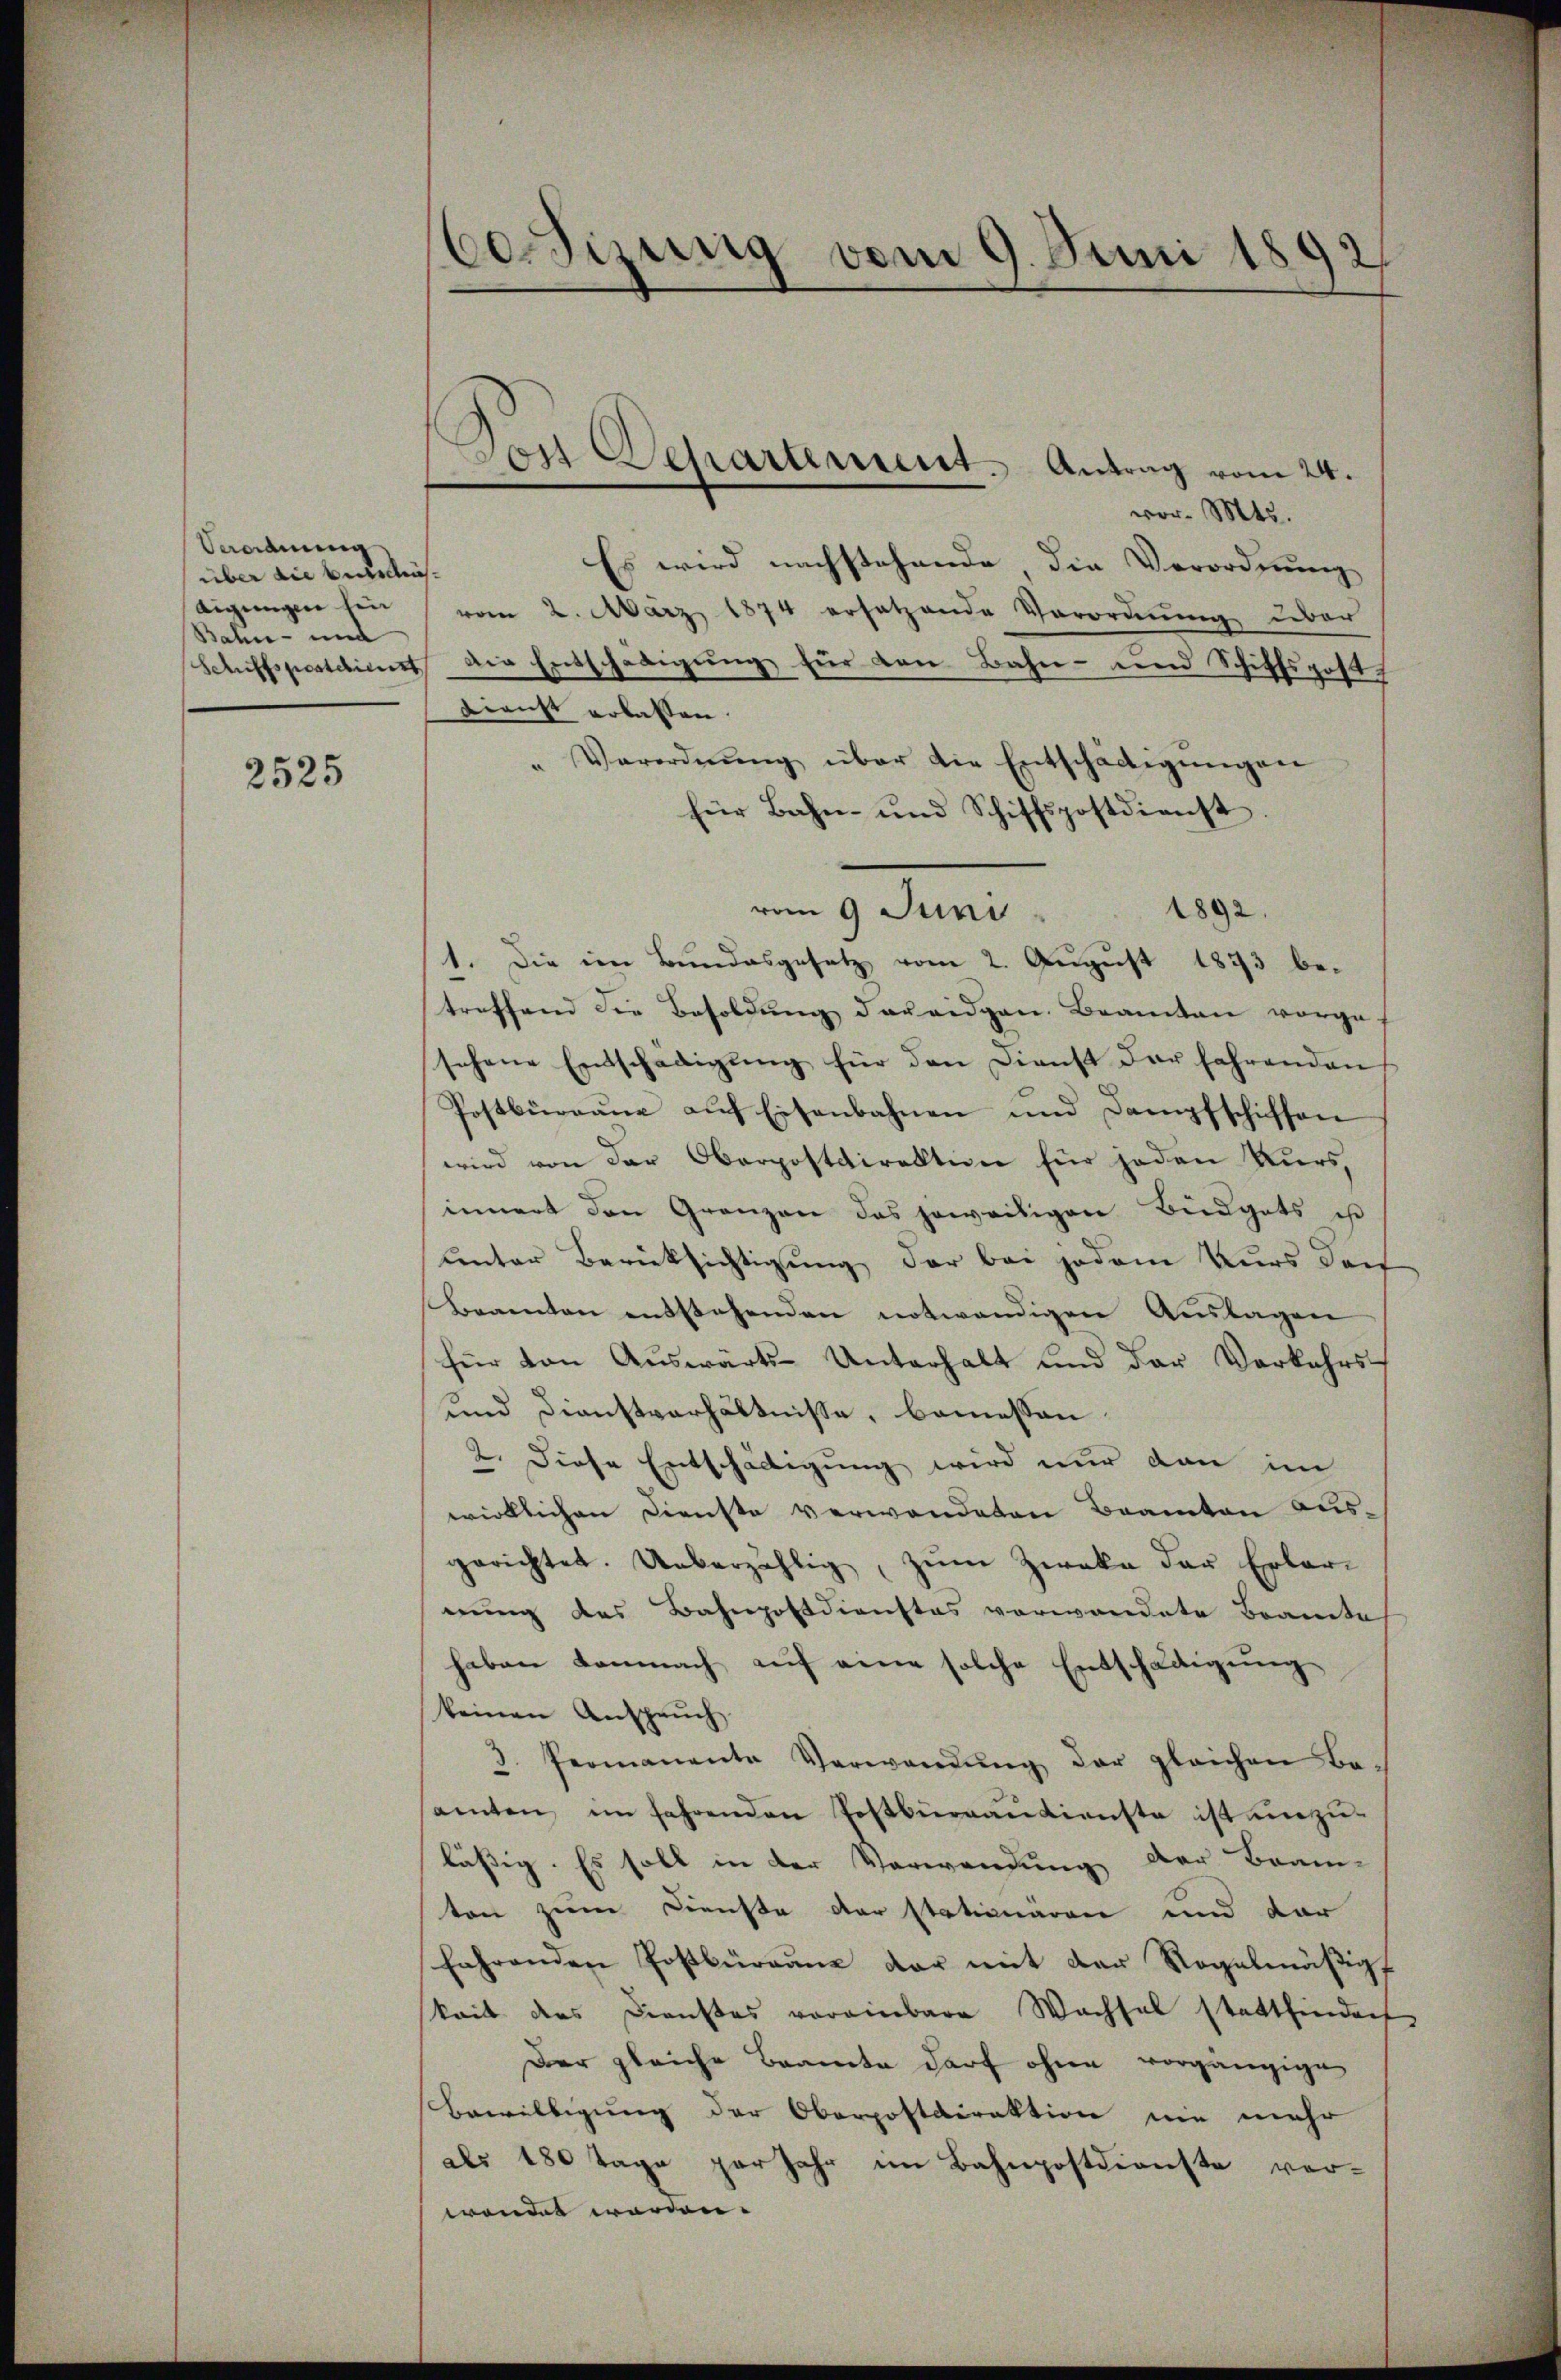
Veordnung
über die Beurteiseigungen Ein
Bahn- und
Sutspostdiciert

2525

besizung vom 9. Juni 1892

)
von Departement. Antrag vom 24.

vor. Mts.
Es wird nachstehende die Verordnung
vom 2. März 1874 ersetzende Verordnung über
Die Entschädigung für den Bahn- und Schiffsposth
Dienst erlassen.
Verordnŭng über die Entschädigungen
für Bahn- und Schiffspostdienst
vom 9 Juni
1892.
1. Die im Bundesgesetz vom 2. August 1873 betreffend die Besoldung dareidgen. Beamten vorgef
sehene Entschädigŭng für den Dienst der fahrenden
Postbüreaŭe aŭf Eisenbahnen und Dampfschiffen
wird von der Oberpostdirektion für jeden Kurs,
innert den Gränzen das jeweiligen Büdgets ist
unter Berücksichtigung der bei jedem Kurs doch
Beamten entstehenden notwendigen Auslagen
für von Auswärts-Unterhalt und der Verkehrs-
und Dienstverhältnisse, bemessen.
2. Diese Entschädigung wird nur dann im
wirklichen Dienste verwendeten Beamten ausgerichtet. Ueberzählig, zŭm Zweke der Erlar-
nung des Bahnpostdienstes vorwandete Braute
haben demnach auf eine solche Entschädigung
keinen Ansprŭch
3. Promanente Verwandŭng der gleichen Be-
amten im fahrenden Postbüreaudienste ist einzu-
lässig. Es soll in der Verwendung der Bran-
ton zum Dienste der stationaren und dar
fahrenden Postbürgane der mit der Regelmäßigt
keit des Dienstes voreinbare Wachsel stattfinden
Der gleiche Beamte darf ohne vorgängige
Bewilligung der Oberpostdirektion nie mehr
als 180 Tage par Jahr im Bahnpostdienste ver-
wendet worden.